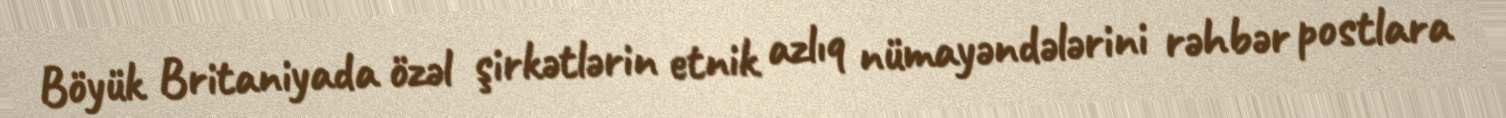
Böyük Britaniyada özəl şirkətlərin etnik azlıq nümayəndələrini rəhbər postlara